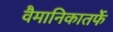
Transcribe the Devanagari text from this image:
वैमानिकातर्फे